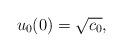
LaTeX: \begin{align*} u_0(0)=\sqrt{c_0},\end{align*}